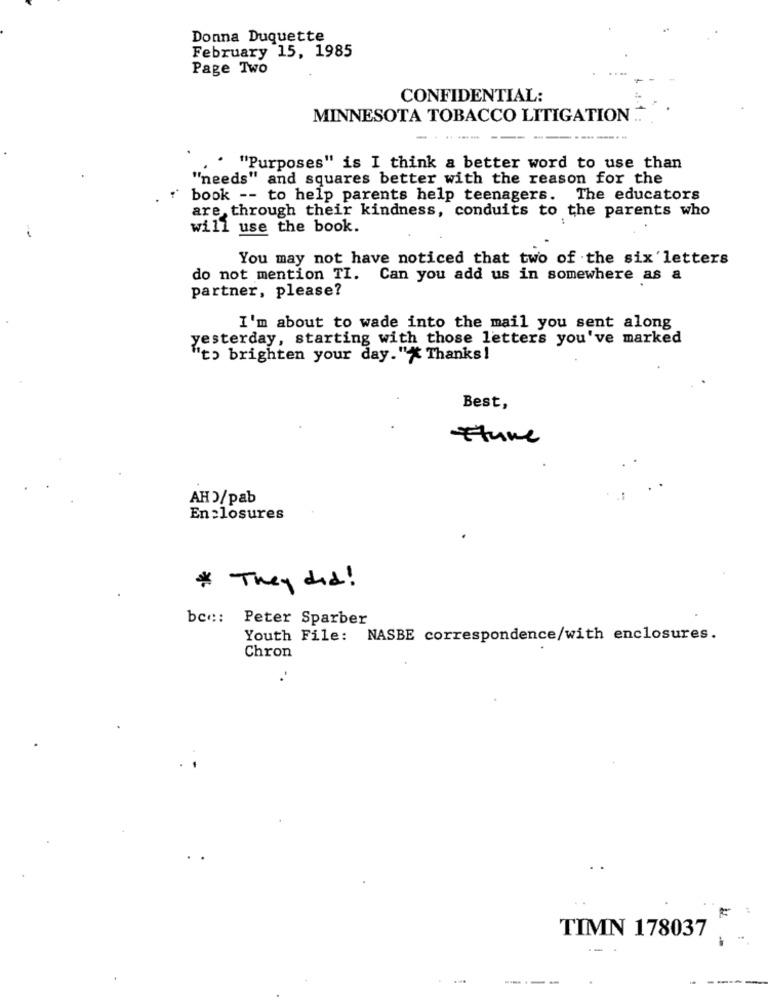
Donna Duquette
February 15, 1985
Page Two
CONFIDENTIAL:
MINNESOTA TOBACCO LITIGATION ..
"Purposes" is I think a better word to use than
"needs" and squares better with the reason for the
book -- to help parents help teenagers. The educators
are, through their kindness, conduits to the parents who
will use the book.
You may not have noticed that two of the six letters
do not mention TI.
Can you add us in somewhere as a
partner, please?
I'm about to wade into the mail you sent along
yesterday, starting with those letters you've marked
"to brighten your day. " Thanks!
Best,
Etune
AH )/pab
En closures
* They did!
bcc :: Peter Sparber
Youth File: NASBE correspondence/with enclosures.
Chron
TIMN 178037
----.
-